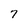
Character: 7